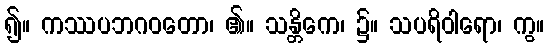
၍။ ကဿပဘဂဝတော၊ ၏။ သန္တိကေ၊ ၌။ သပရိဝါရော၊ ကွ။